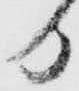
日